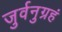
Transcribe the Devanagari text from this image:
जुर्वनुग्रहं